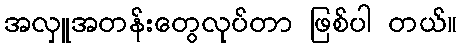
အလှူအတန်းတွေလုပ်တာ ဖြစ်ပါ တယ်။